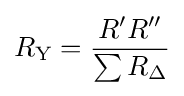
R_{\text{Y}}={\frac {R'R''}{\sum R_{\Delta }}}